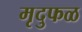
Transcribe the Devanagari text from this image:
मृदुफळ